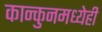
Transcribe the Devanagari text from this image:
कान्कुनमध्येही